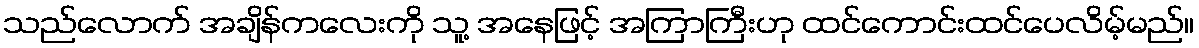
သည်လောက် အချိန်ကလေးကို သူ့ အနေဖြင့် အကြာကြီးဟု ထင်ကောင်းထင်ပေလိမ့်မည်။